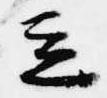
立